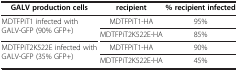
<table><thead><tr><td><b>GALV production cells</b></td><td><b>recipient</b></td><td><b>% recipient infected</b></td></tr></thead><tbody><tr><td rowspan="2">MDTFPiT1 infected with GALV-GFP (90% GFP+)</td><td>MDTFPiT1-HA</td><td>95%</td></tr><tr><td>MDTFPiT2K522E-HA</td><td>85%</td></tr><tr><td rowspan="2">MDTFPiT2K522E infected with GALV-GFP (35% GFP+)</td><td>MDTFPiT1-HA</td><td>90%</td></tr><tr><td>MDTFPiT2K522E-HA</td><td>45%</td></tr></tbody></table>